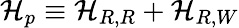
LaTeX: {\cal H}_{p}\equiv{\cal H}_{R,R}+{\cal H}_{R,W}